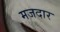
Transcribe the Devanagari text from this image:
मजदार